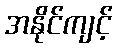
အနိုင်ကျင့်